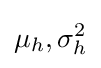
\mu _{h},\sigma _{h}^{2}